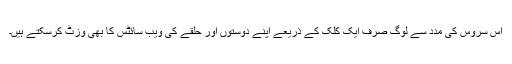
اس سروس کی مدد سے لوگ صرف ایک کلک کے ذریعے اپنے دوستوں اور حلقے کی ویب سائٹس کا بھی وزٹ کرسکتے ہیں۔